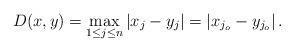
LaTeX: \begin{align*} D(x , y ) = \max_{1 \leq j \leq n} |x_j - y_j| = | x_{j_o} - y_{j_o} | \, . \end{align*}